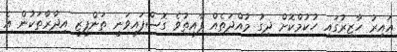
ޣައިރު ހާޒިރުގައި ހުކުމްކޮށް ދިގު މުއްދަތެއް ފާއިތުވެ ގޮސްފައިވަނީ ތަންފީޒީ އިދާރާތަކުން އެ